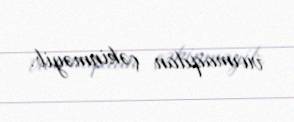
vurmaqdan çəkinməyib.